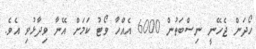
ހޯދަން ޖެހޭނީ ނިސްބަތުން 6000 އެއްހާ ވޯޓު ކަމަށް އޭނާ ވިދާޅުވި އެވެ.